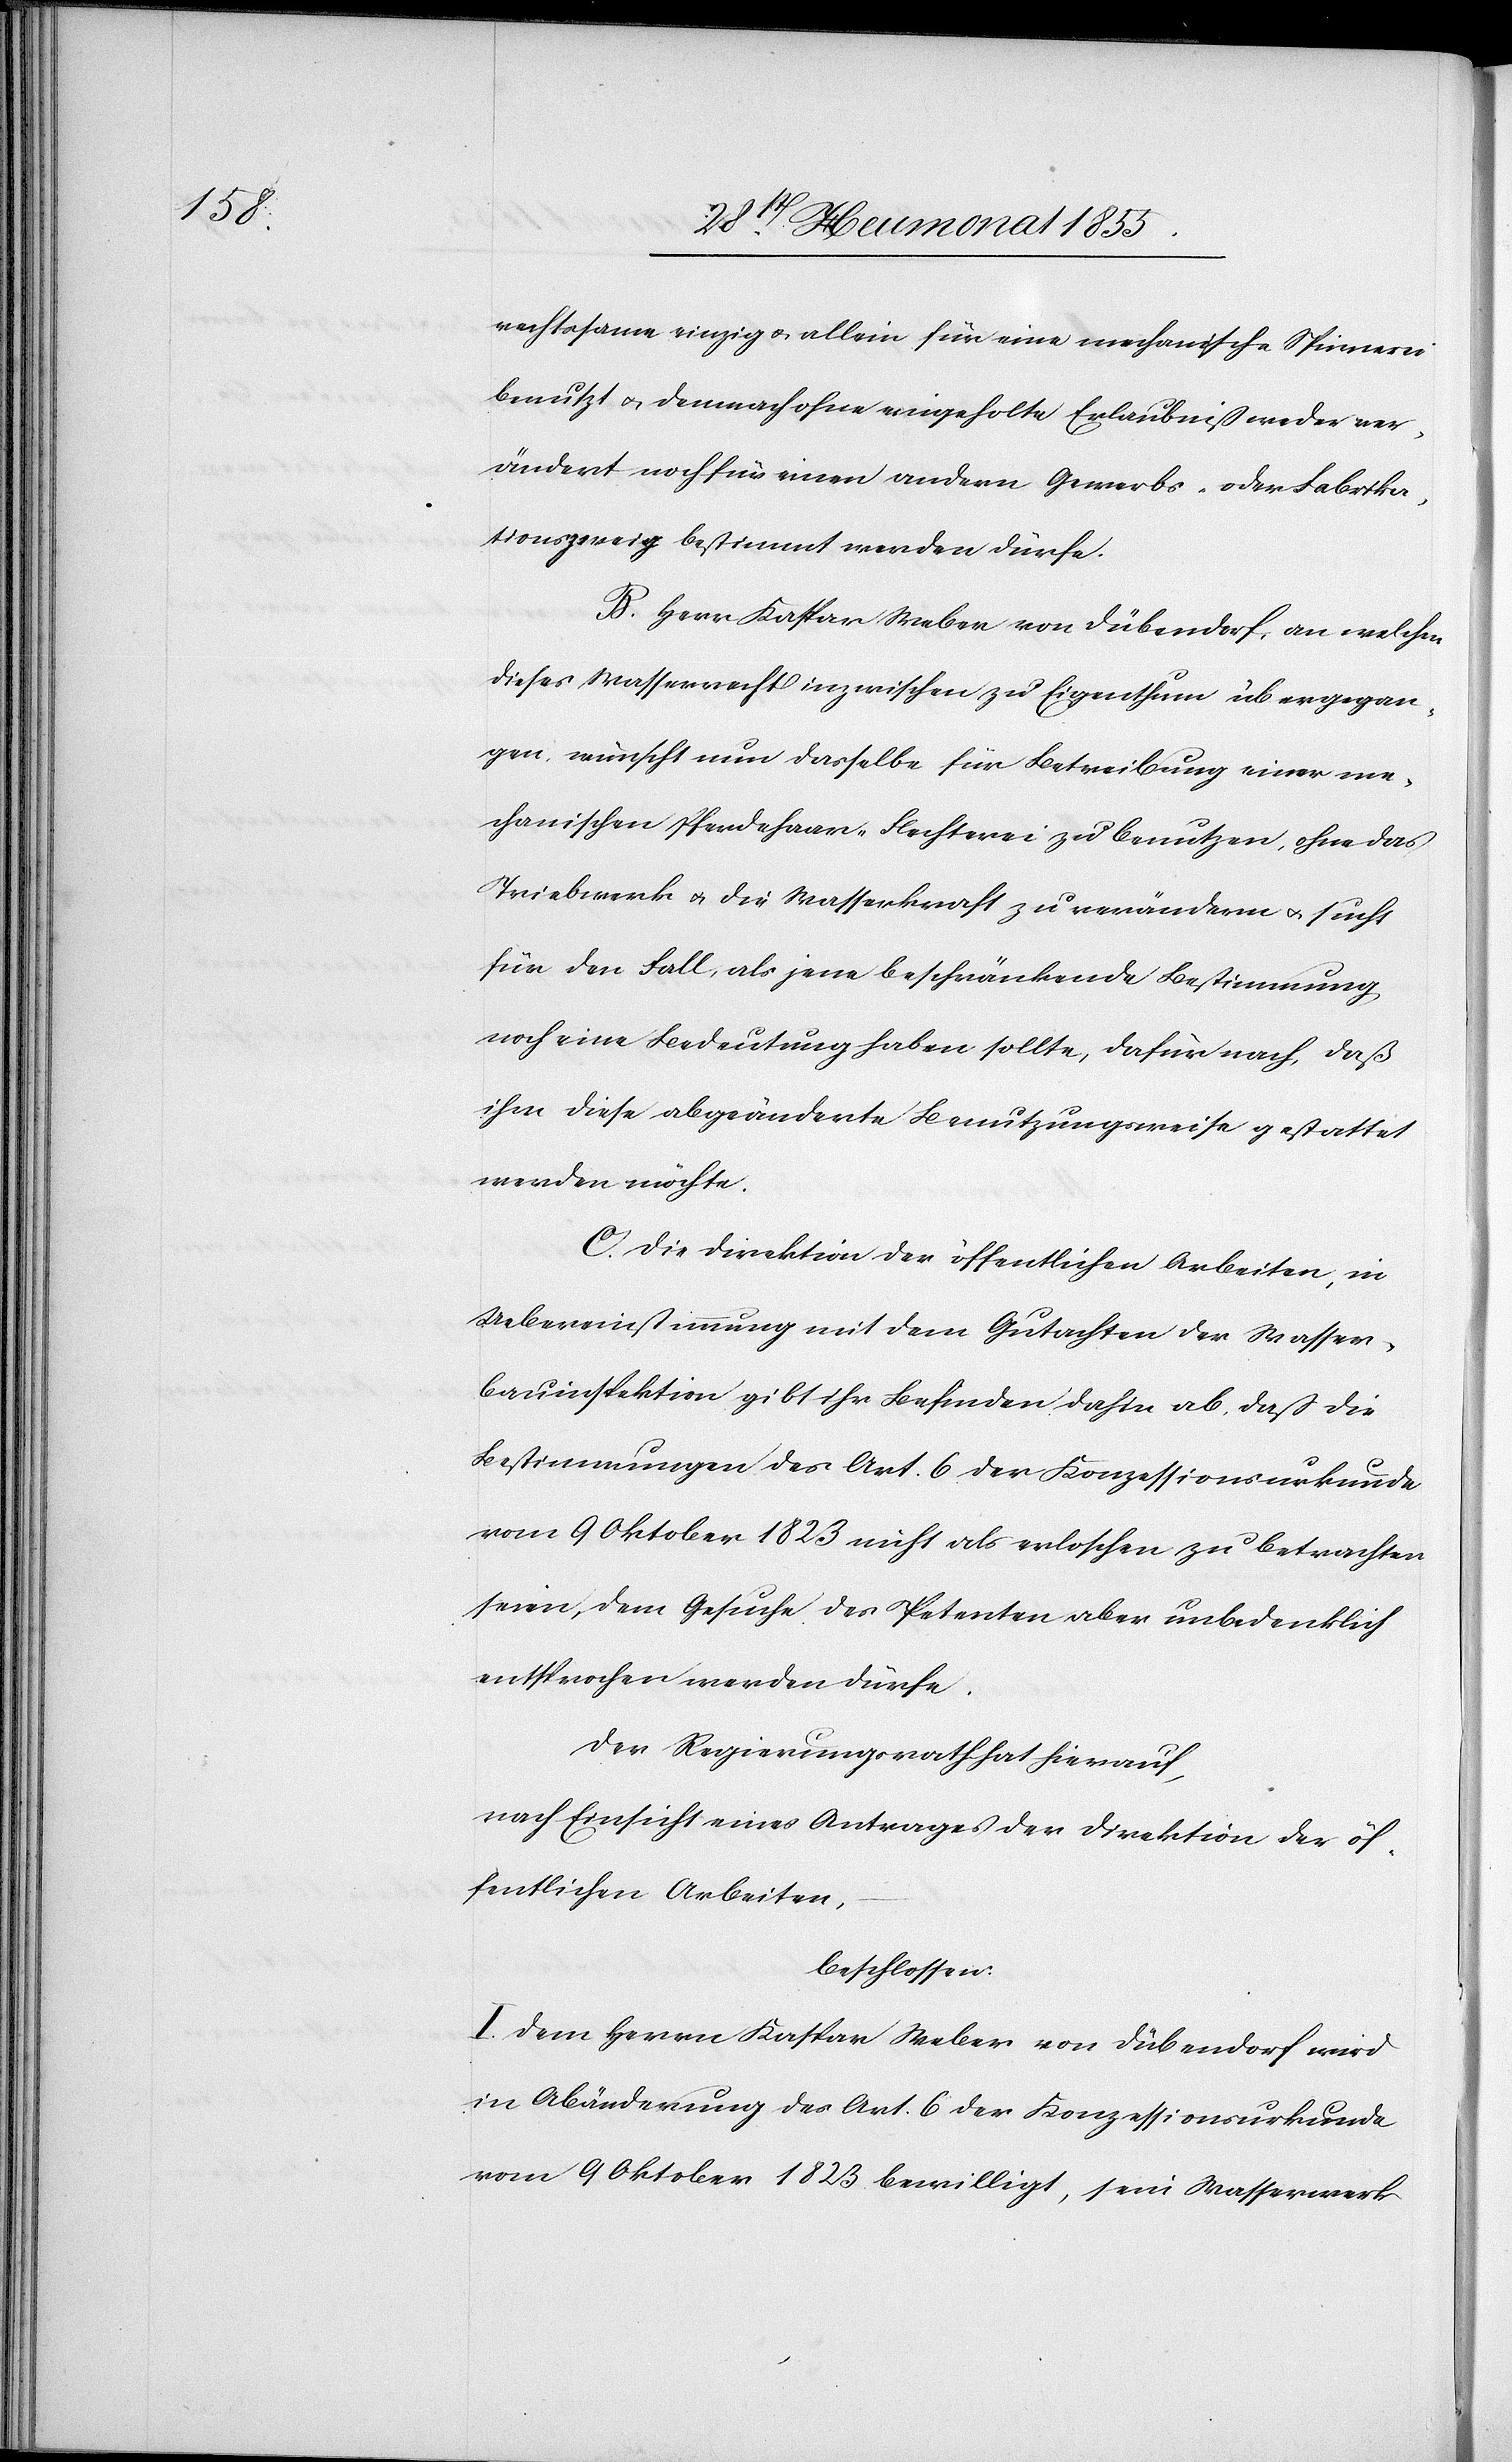
rechtssame einzig & allein für eine mechanische Spinnerei
benutzt & demnach ohne eingeholte Erlaubniß weder ver¬
ändert noch für einen andern Gewerbs- oder Fabrika¬
tionszweig bestimmt werden dürfe.
B. Herr Kaspar Weber von Dübendorf, an welchen
dieses Wasserrecht inzwischen zu Eigenthum übergegan¬
gen, wünscht nun dasselbe für Betreibung einer me¬
chanischen Pferdehaar-Flechterei zu benutzen, ohne das
Triebwerk & die Wasserkraft zu verändern & sucht
für den Fall, als jene beschränkende Bestimmung
noch eine Bedeutung haben sollte, dafür nach, daß
ihm diese abgeänderte Benutzungsweise gestattet
werden möchte.
C. Die Direktion der öffentlichen Arbeiten in
Uebereinstimmung mit dem Gutachten der Wasser¬
bauinspektion gibt ihr Befinden dahin ab, daß die
Bestimmungen des Art. 6 der Konzessionsurkunde
vom 9 Oktober 1823 nicht als erloschen zu betrachten
seien, dem Gesuche des Petenten aber unbedenklich
entsprochen werden dürfe.
Der Regierungsrath hat hierauf,
nach Einsicht eines Antrages der Direktion der öf¬
fentlichen Arbeiten,
beschlossen:
I. Dem Herrn Kaspar Weber von Dübendorf wird
in Abänderung des Art. 6 der Konzessionsurkunde
vom 9 Oktober 1823 bewilligt, sein Wasserwerk